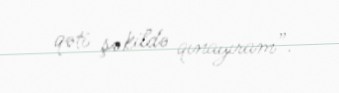
qəti şəkildə qınayıram”.